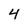
Character: 4